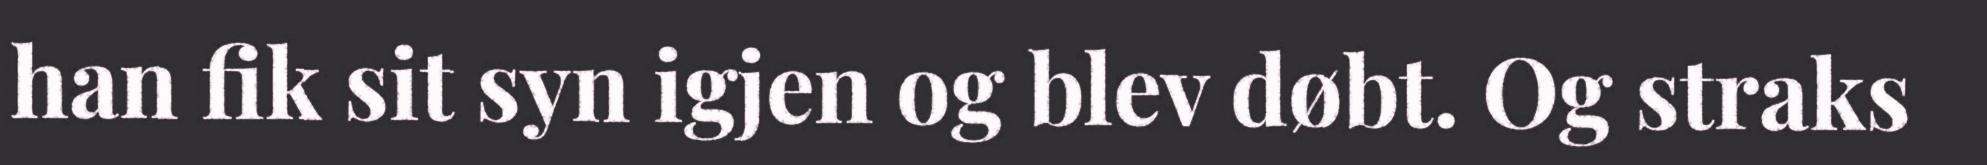
han fik sit syn igjen og blev døbt. Og straks